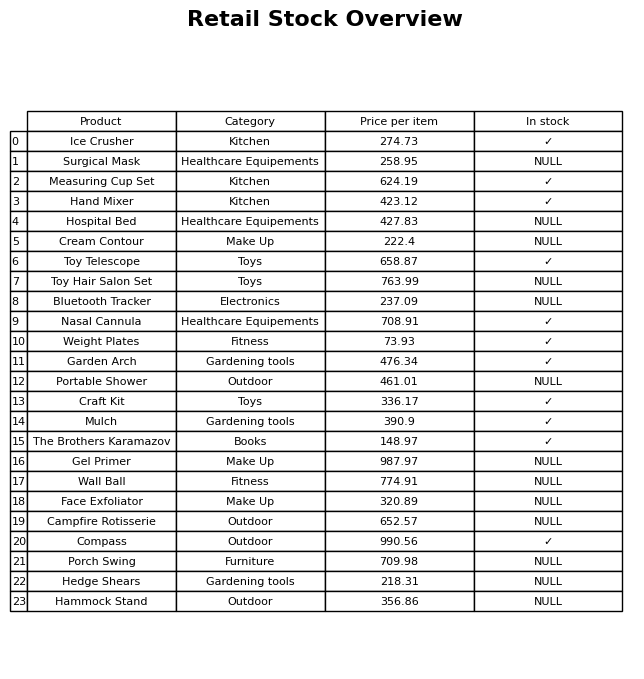
question: What is the price for Porch Swing?
answer: The price of Porch Swing is 709.98.